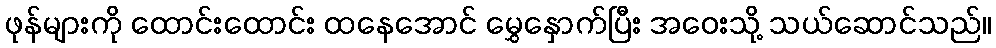
ဖုန်များကို ထောင်းထောင်း ထနေအောင် မွှေနှောက်ပြီး အဝေးသို့ သယ်ဆောင်သည်။